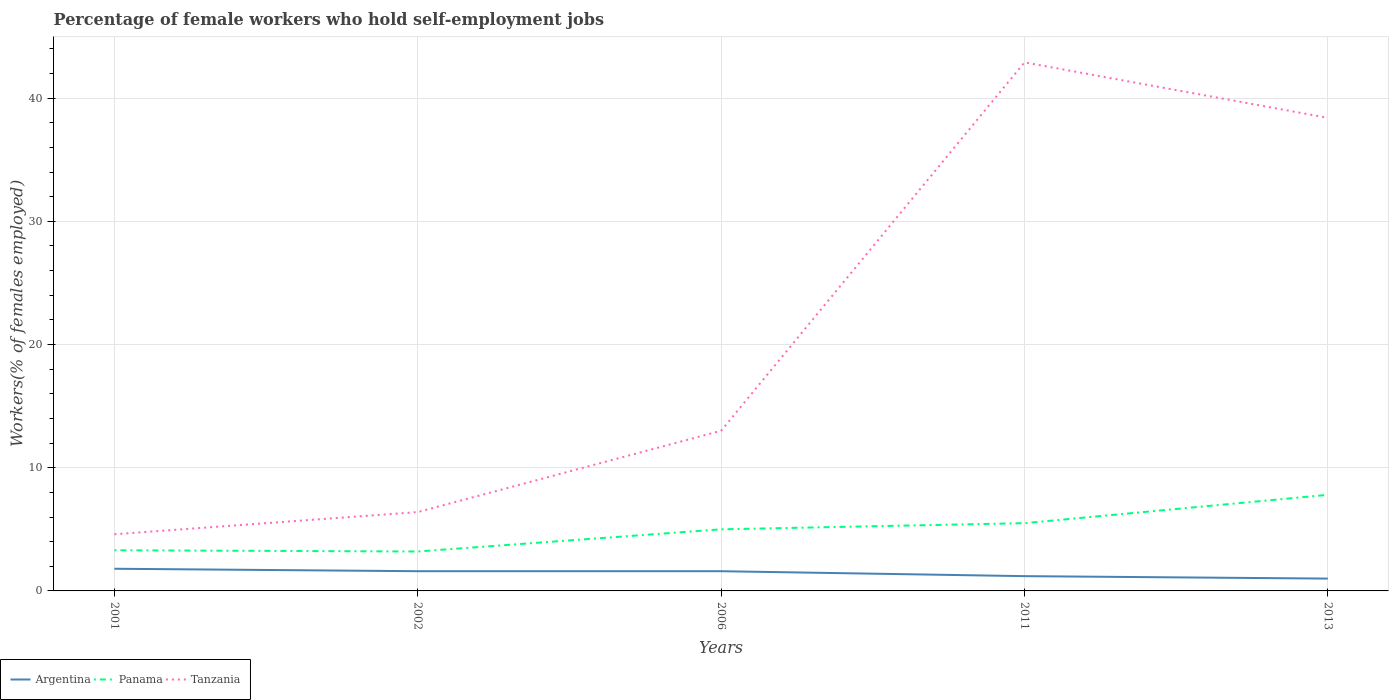
| Years | Argentina | Panama | Tanzania |
 | --- | --- | --- | --- |
 | 2001 | 1.8 | 3.3 | 4.6 |
 | 2002 | 1.6 | 3.2 | 6.4 |
 | 2006 | 1.6 | 5 | 13 |
 | 2011 | 1.2 | 5.5 | 42.9 |
 | 2013 | 1 | 7.8 | 38.4 |